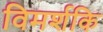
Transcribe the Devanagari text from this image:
विमर्शकि